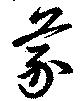
蒙